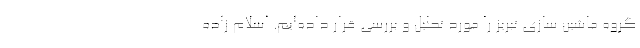
گروه ماشین سازی تبریز را مورد تحلیل و بررسی قرار داده‌ایم. اسلام زاده